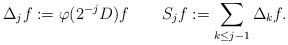
LaTeX: \begin{align*} \Delta_{j}f:=\varphi(2^{-j}D)f \ \ \ \ \ \ S_{j}f:=\sum_{k\leq j-1}\Delta_{k}f.\end{align*}